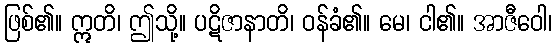
ဖြစ်၏။ ဣတိ၊ ဤသို့။ ပဋိဇာနာတိ၊ ဝန်ခံ၏။ မေ၊ ငါ၏။ အာဇီဝေါ၊